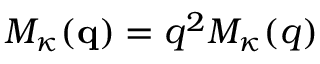
{ \cal M } _ { \kappa } ( { \bf q } ) = q ^ { 2 } M _ { \kappa } ( q )